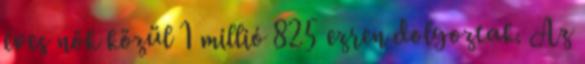
éves nők közül 1 millió 825 ezren dolgoztak. Az